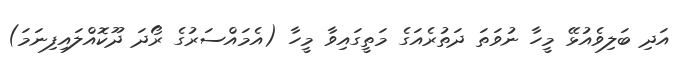
އަދި ބަލިވެއުޅޭ މީހާ ނުވަތަ ދަތުރެއަގެ މަތީގައިވާ މީހާ (އެމައްސަރުގެ ރޯދަ ދޫކޮއްލައިފިނަމަ)